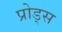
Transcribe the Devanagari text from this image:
प्रोड्स